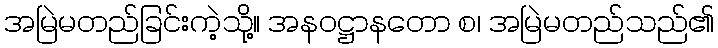
အမြဲမတည်ခြင်းကဲ့သို့။ အနဝဋ္ဌာနတော စ၊ အမြဲမတည်သည်၏